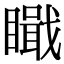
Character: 𥊬